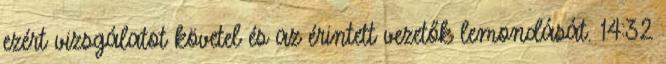
ezért vizsgálatot követel és az érintett vezetők lemondását. 14:32